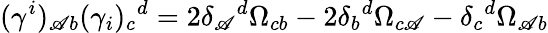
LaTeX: (\gamma^{i})_{\mathscr{A}b}(\gamma_{i})_{c}{}^{d}=2\delta_{\mathscr{A}}{}^{d}\Omega_{cb}-2\delta_{b}{}^{d}\Omega_{c\mathscr{A}}-\delta_{c}{}^{d}\Omega_{\mathscr{A}b}